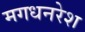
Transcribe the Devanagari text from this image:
मगधनरेश